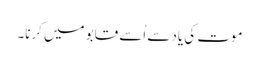
موت کی یاد سے اُسے قابو میں کرنا۔